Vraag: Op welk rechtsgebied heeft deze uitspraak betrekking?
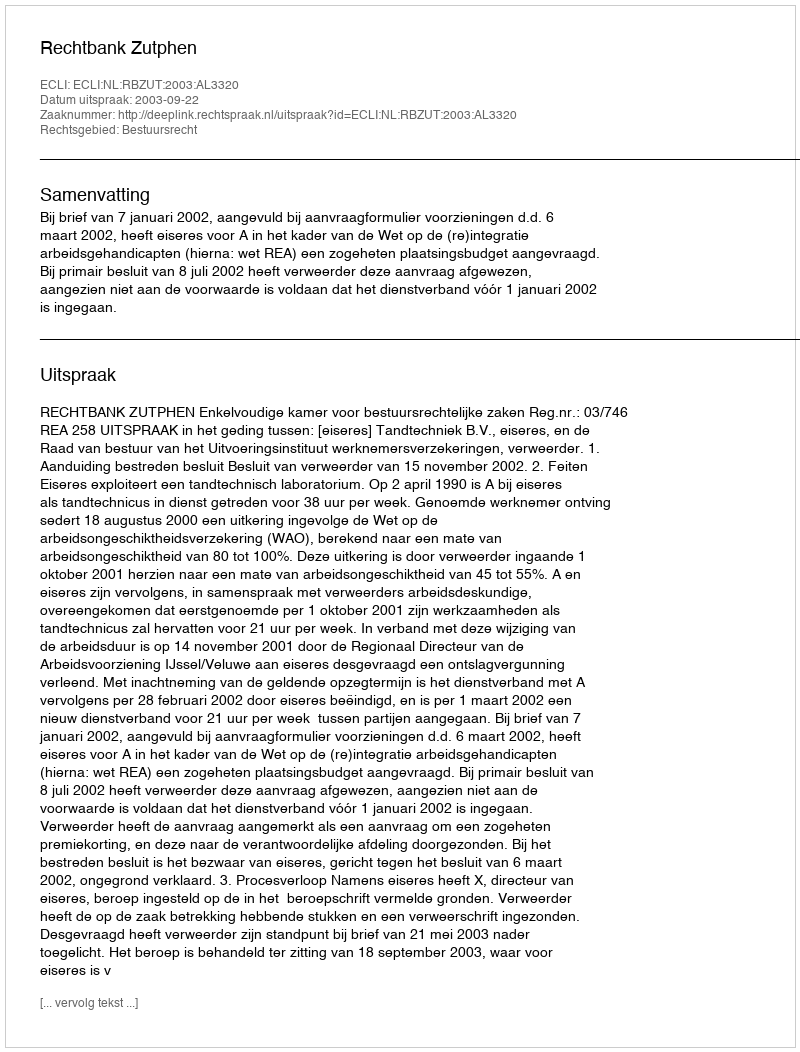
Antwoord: Bestuursrecht